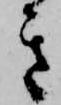
き